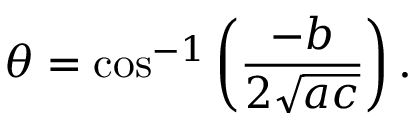
\theta = \cos ^ { - 1 } \left( { \frac { - b } { 2 { \sqrt { a c } } } } \right) .